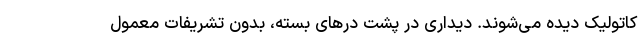
کاتولیک دیده می‌شوند. دیداری در پشت درهای بسته، بدون تشریفات معمول